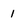
Character: 1